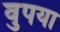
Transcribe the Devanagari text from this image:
वुपया